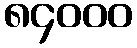
၈၄၀၀၀